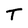
Character: T